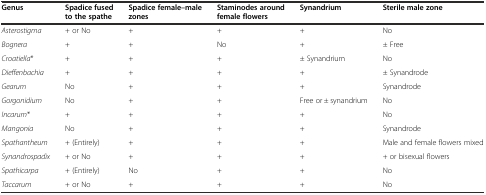
| Genus | Spadice fused to the spathe | Spadice female–male zones | Staminodes around female flowers | Synandrium | Sterile male zone |
 | --- | --- | --- | --- | --- | --- |
 | Asterostigma | + or No | + | + | + | No |
 | Bognera | + | + | No | + | ± Free |
 | Croatiella* | + | + | + | ± Synandrium | No |
 | Dieffenbachia | + | + | + | + | ± Synandrode |
 | Gearum | No | + | + | + | Synandrode |
 | Gorgonidium | No | + | + | Free or ± synandrium | No |
 | Incarum* | + | + | + | + | No |
 | Mangonia | No | + | + | + | Synandrode |
 | Spathantheum | + (Entirely) | + | + | + | Male and female flowers mixed |
 | Synandrospadix | + or No | + | + | + | + or bisexual flowers |
 | Spathicarpa | + (Entirely) | No | + | + | No |
 | Taccarum | + or No | + | + | + | No |